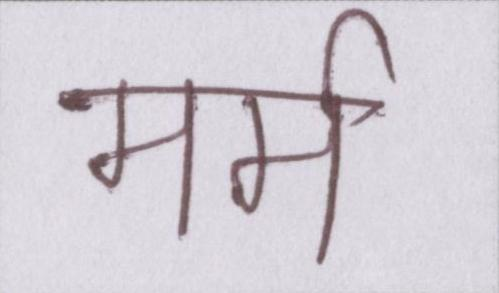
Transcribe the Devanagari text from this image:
मर्म